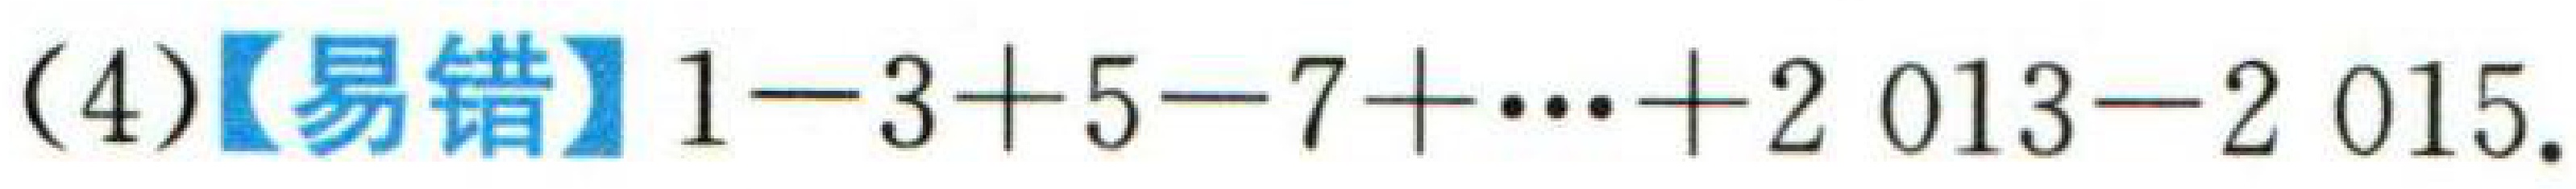
(4)【易错】\(1 - 3 + 5 - 7+\cdots+2013 - 2015\)